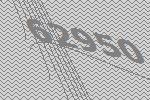
62950